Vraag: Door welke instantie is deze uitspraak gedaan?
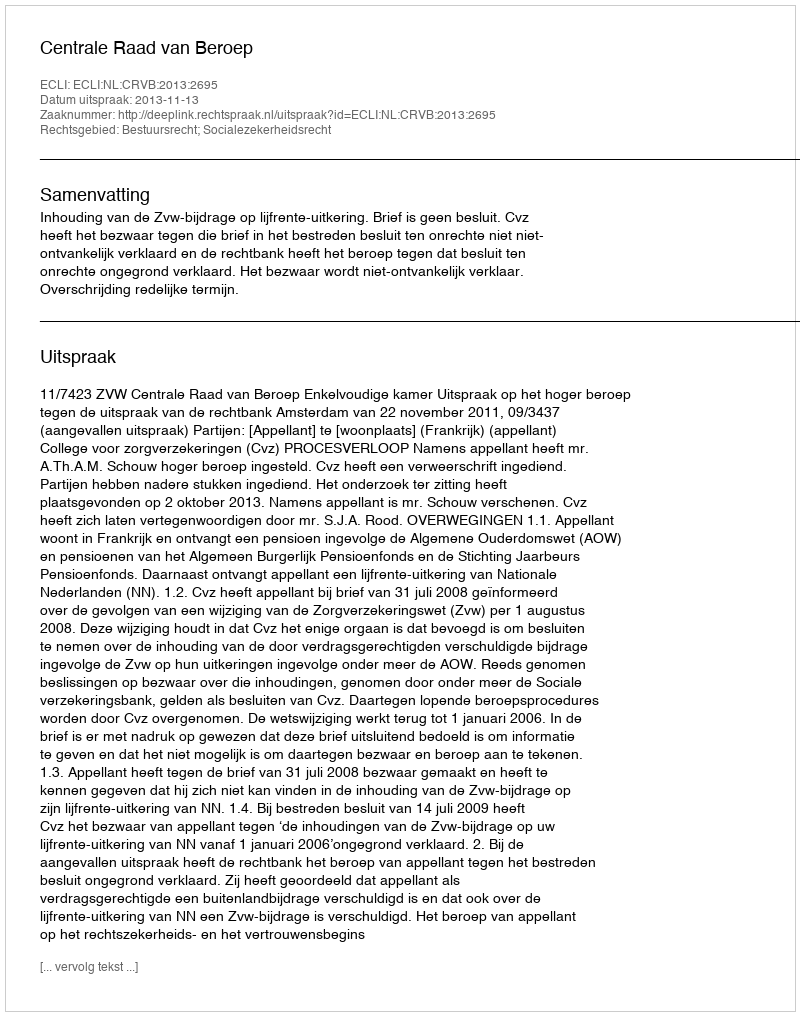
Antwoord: Centrale Raad van Beroep